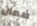
ضمان